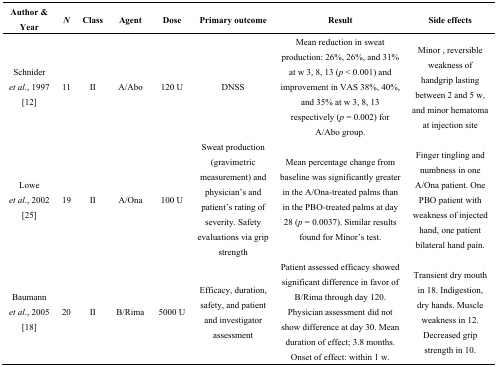
| Author & Year | N | Class | Agent | Dose | Primary outcome | Result | Side effects |
 | --- | --- | --- | --- | --- | --- | --- | --- |
 | Schnider et al., 1997 [12] | 11 | II | A/Abo | 120 U | DNSS | Mean reduction in sweat production: 26%, 26%, and 31% at w 3, 8, 13 (p < 0.001) and improvement in VAS 38%, 40%, and 35% at w 3, 8, 13 respectively (p = 0.002) for A/Abo group. | Minor , reversible weakness of handgrip lasting between 2 and 5 w, and minor hematoma at injection site |
 | Lowe et al., 2002 [25] | 19 | II | A/Ona | 100 U | Sweat production (gravimetric measurement) and physician’s and patient’s rating of severity. Safety evaluations via grip strength | Mean percentage change from baseline was significantly greater in the A/Ona-treated palms than in the PBO-treated palms at day 28 (p = 0.0037). Similar results found for Minor’s test. | Finger tingling and numbness in one A/Ona patient. One PBO patient with weakness of injected hand, one patient bilateral hand pain. |
 | Baumann et al., 2005 [18] | 20 | II | B/Rima | 5000 U | Efficacy, duration, safety, and patient and investigator assessment | Patient assessed efficacy showed significant difference in favor of B/Rima through day 120. Physician assessment did not show difference at day 30. Mean duration of effect; 3.8 months. Onset of effect: within 1 w. | Transient dry mouth in 18. Indigestion, dry hands. Muscle weakness in 12. Decreased grip strength in 10. |